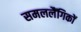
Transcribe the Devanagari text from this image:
समललैंगिकों